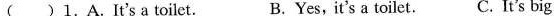
( )1.A.It's a toilet. B.Yes,it's a toilet. C. It's big